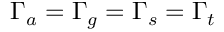
\Gamma _ { a } = \Gamma _ { g } = \Gamma _ { s } = \Gamma _ { t }